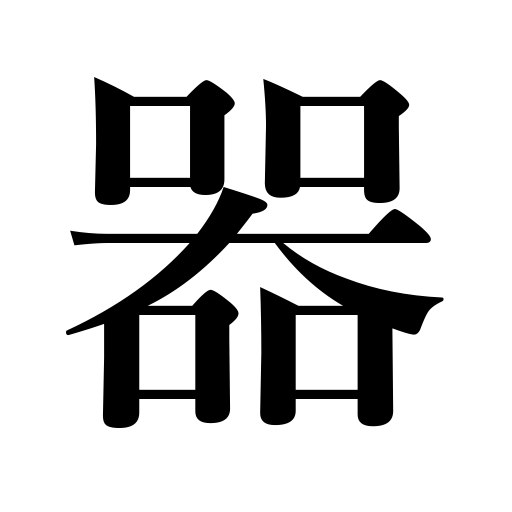
Meanings: vessel,capacity,ability,receptacle,tool,apparatus,implement,container,utensil,instrument,set